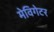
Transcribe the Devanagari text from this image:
मेविगेटर